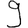
Digit: 9